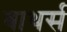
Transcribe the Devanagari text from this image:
बाथर्स